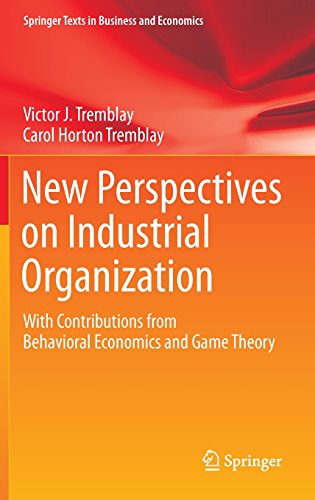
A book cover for New Perspectives on Industrial Organization: With Contributions from Behavioral Economics and Game Theory (Springer Texts in Business and Economics); Victor J. Tremblay; Science & Math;